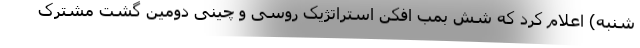
شنبه) اعلام کرد که شش بمب افکن استراتژیک روسی و چینی دومین گشت مشترک